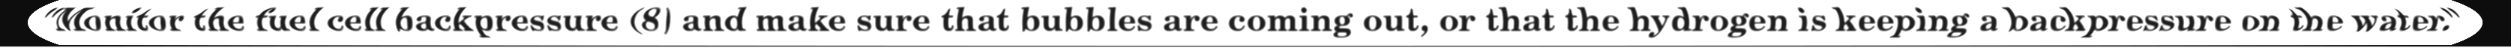
"Monitor the fuel cell backpressure (8) and make sure that bubbles are coming out, or that the hydrogen is keeping a backpressure on the water."